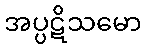
အပ္ပဋိသမော